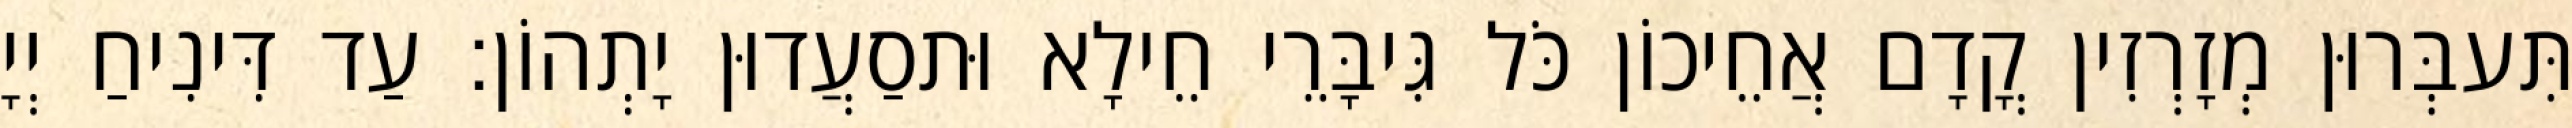
תִּעבְּרוּן מְזָרְזִין קֳדָם אֲחֵיכוֹן כֹּל גִּיבָּרֵי חֵילָא וּתסַעֲדוּן יָתְהוֹן׃ עַד דִּינִיחַ יְיָ